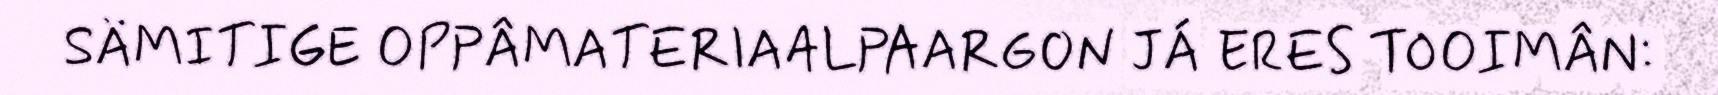
SÄMITIGE OPPÂMATERIAALPAARGON JÁ ERES TOOIMÂN: